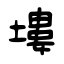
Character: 塿